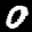
Label: 0